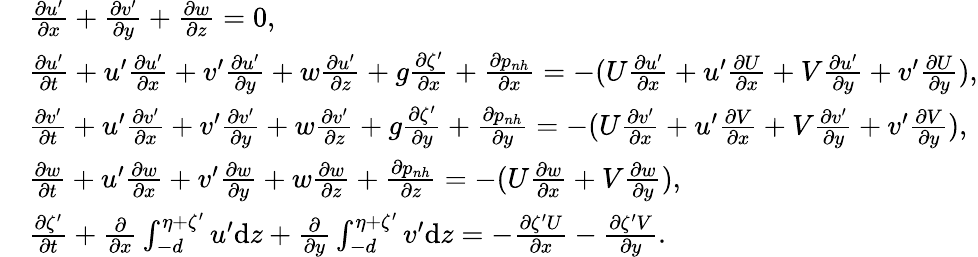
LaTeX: \begin{array}{rl}&{\frac{\partial u^{\prime}}{\partial x}+\frac{\partial v^{\prime}}{\partial y}+\frac{\partial w}{\partial z}=0,}\\ &{\frac{\partial u^{\prime}}{\partial t}+u^{\prime}\frac{\partial u^{\prime}}{\partial x}+v^{\prime}\frac{\partial u^{\prime}}{\partial y}+w\frac{\partial u^{\prime}}{\partial z}+g\frac{\partial\zeta^{\prime}}{\partial x}+\frac{\partial p_{nh}}{\partial x}=-(U\frac{\partial u^{\prime}}{\partial x}+u^{\prime}\frac{\partial U}{\partial x}+V\frac{\partial u^{\prime}}{\partial y}+v^{\prime}\frac{\partial U}{\partial y}),}\\ &{\frac{\partial v^{\prime}}{\partial t}+u^{\prime}\frac{\partial v^{\prime}}{\partial x}+v^{\prime}\frac{\partial v^{\prime}}{\partial y}+w\frac{\partial v^{\prime}}{\partial z}+g\frac{\partial\zeta^{\prime}}{\partial y}+\frac{\partial p_{nh}}{\partial y}=-(U\frac{\partial v^{\prime}}{\partial x}+u^{\prime}\frac{\partial V}{\partial x}+V\frac{\partial v^{\prime}}{\partial y}+v^{\prime}\frac{\partial V}{\partial y}),}\\ &{\frac{\partial w}{\partial t}+u^{\prime}\frac{\partial w}{\partial x}+v^{\prime}\frac{\partial w}{\partial y}+w\frac{\partial w}{\partial z}+\frac{\partial p_{nh}}{\partial z}=-(U\frac{\partial w}{\partial x}+V\frac{\partial w}{\partial y}),}\\ &{\frac{\partial\zeta^{\prime}}{\partial t}+\frac{\partial}{\partial x}\int_{-d}^{\eta+\zeta^{\prime}}u^{\prime}\mathrm{d}z+\frac{\partial}{\partial y}\int_{-d}^{\eta+\zeta^{\prime}}v^{\prime}\mathrm{d}z=-\frac{\partial\zeta^{\prime}U}{\partial x}-\frac{\partial\zeta^{\prime}V}{\partial y}.}\end{array}